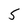
Character: 5